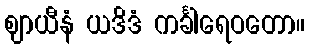
ဈာယီနံ ယဒိဒံ ကင်္ခါရေဝတော။